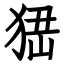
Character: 峱